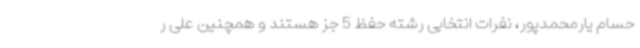
حسام یارمحمدپور، نفرات انتخابی رشته حفظ 5 جز هستند و همچنین علی ر